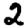
Digit: 2